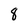
Character: 8